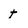
Character: t